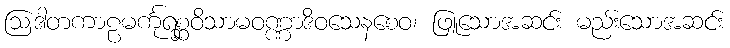
ဩဒါတကာဠမင်္ကုရစ္ဆဝိသာမဝဏ္ဏာဒိဝသေနစေဝ၊ ဖြူသောအဆင်း မည်းသောအဆင်း